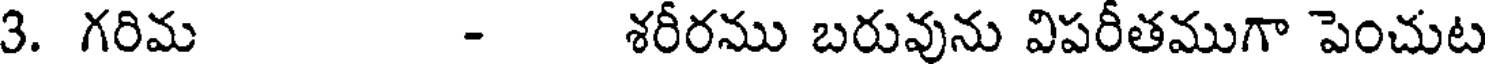
3. గరిమ - శరీరము బరువును విపరీతముగా పెంచుట